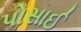
પોસાઈ